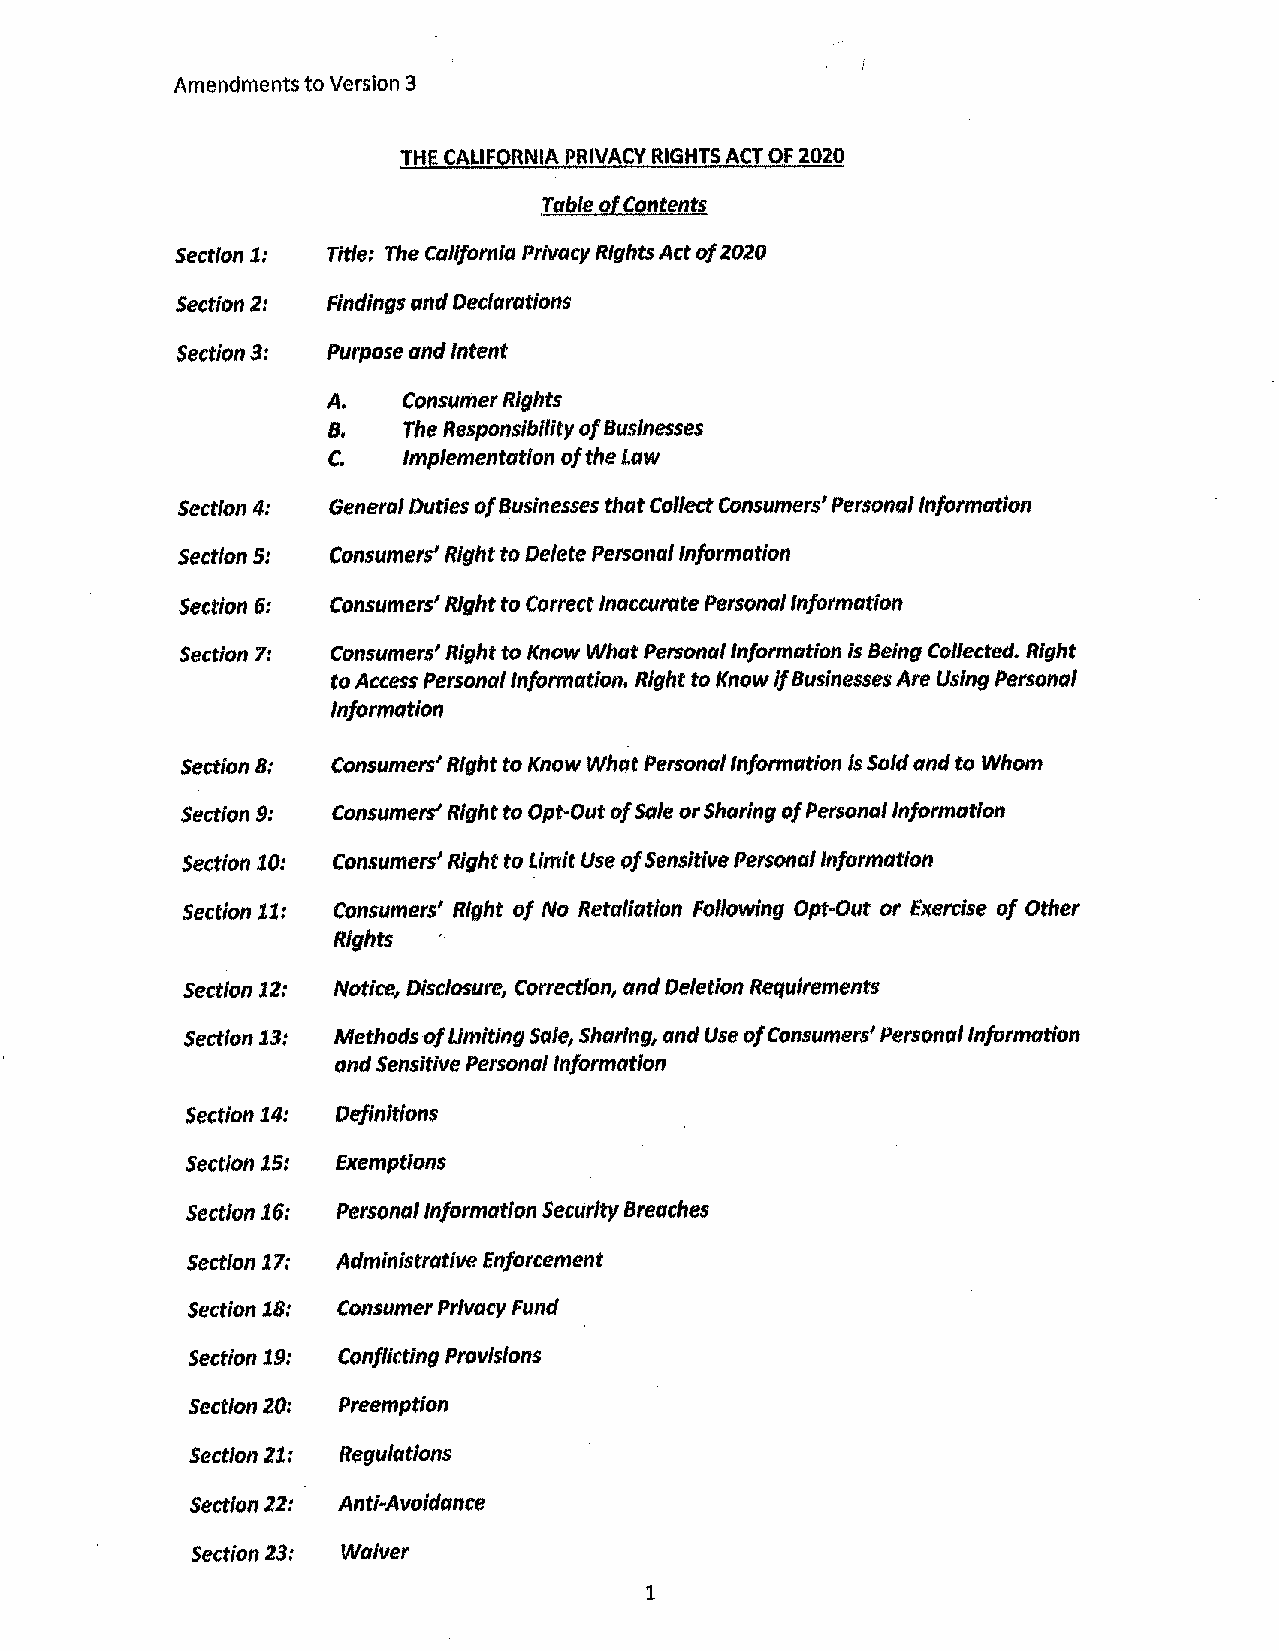
Amendments to Version 3
 THE CALIFORNIA PRIVACY RIGHTS ACT OF 2020
 Table of Contents
 Section 1: Title: The California Privacy Rights Act of 2020
 Section 2: Findings and Declarations
 Section 3: Purpose and Intent
 A,   Consumer Rights
 8,   The Responsibility of Businesses
 C.   Implementation of the Law
 Section 4: General Duties of Businesses that Collect Consumers' Personal Information
 Section 5: Consumers' Right to Delete Personal Information
 Section 6: Consumers' Right to Correct Inaccurate Personal Information
 Section 7: Consumers' Right to Know What Personal Information is Being Collected. Right
 to Access Personal Information. Right to Know If Businesses Are Using Personal
 Information
 Section B: Consumers' Right to Know What Personal Information Is Sold and to Whom
 Section 9: Consumers' Right to Opt-Out of Sale or Sharing of Personal Information
 Section 10: Con.rnmers' Right to Limit Use of Sensitive Personal Information
 Section 11: Consumers' Right of No Retaliation Following Opt-Out or Exercise of Other
 Rights
 Section 12: Notice, Disclosure, Correction, and Deletion Requirements
 Section 13: Methods of Limiting Sale, Sharing, and Use of Consumers' Personal Information
 and Sensitive Personal Information
 Section 14: Definitions
 Section 15: Exemptions
 Section 16: Personal Information Security Breaches
 Section 17: Administrative Enforcement
 Section 18: Consumer Privacy Fund
 Section 19: Conflicting Provisions
 Section 20: Preemption
 Section 21: Regulations
 Section 22: Anti-Avoidance
 Section 23: Waiver
 1